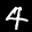
Label: 4